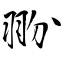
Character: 翂